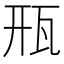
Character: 㼛